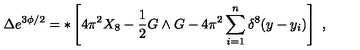
\Delta e ^ { 3 \phi / 2 } = * \left[ 4 \pi ^ { 2 } X _ { 8 } - { \frac { 1 } { 2 } } G \wedge G - 4 \pi ^ { 2 } \sum _ { i = 1 } ^ { n } \delta ^ { 8 } ( y - y _ { i } ) \right] \ ,